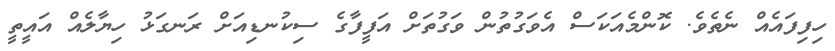
ހިފިފައެއް ނެތެވެ. ކޮންމެއަކަސް އެވަގުތުން ވަގުތަށް އަފީފާގެ ސިކުނޑިއަށް ރަނގަޅު ހިޔާލެއް އައީތީ